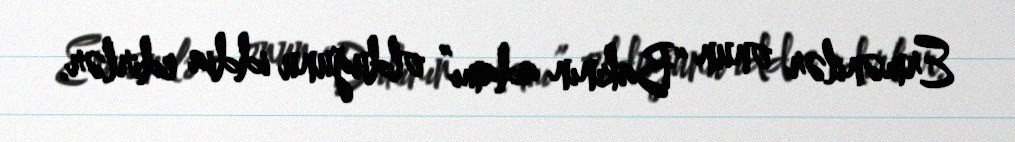
Ermənilər onun “Bakının adamı” olduğunu iddia edirlər.